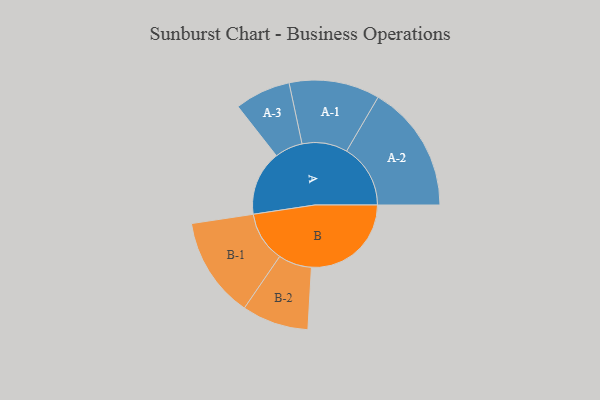
{"axis": {"x": "Segment", "y": "Value"}, "legend": ["", "A", "B"], "data": [{"x": "A", "y": 297, "type": ""}, {"x": "B", "y": 458, "type": ""}, {"x": "A-1", "y": 208, "type": "A"}, {"x": "A-2", "y": 293, "type": "A"}, {"x": "A-3", "y": 128, "type": "A"}, {"x": "B-1", "y": 231, "type": "B"}, {"x": "B-2", "y": 153, "type": "B"}]}